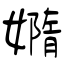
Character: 嫷